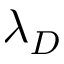
\lambda _ { D }